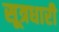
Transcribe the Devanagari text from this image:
सूत्रधारी